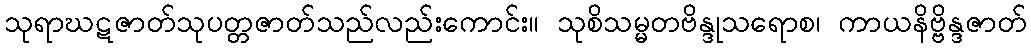
သုရာဃဋဇာတ်သုပတ္တဇာတ်သည်လည်းကောင်း။ သုစိသမ္မတဗိန္ဒုသရောစ၊ ကာယနိဗ္ဗိန္ဒဇာတ်